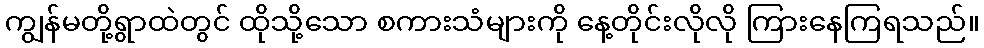
ကျွန်မတို့ရွာထဲတွင် ထိုသို့သော စကားသံများကို နေ့တိုင်းလိုလို ကြားနေကြရသည်။